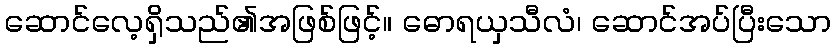
ဆောင်လေ့ရှိသည်၏အဖြစ်ဖြင့်။ ဓောရယှသီလံ၊ ဆောင်အပ်ပြီးသော